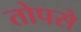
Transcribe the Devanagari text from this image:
तोपसे